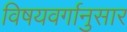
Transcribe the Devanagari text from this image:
विषयवर्गानुसार